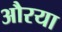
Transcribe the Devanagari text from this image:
औरया